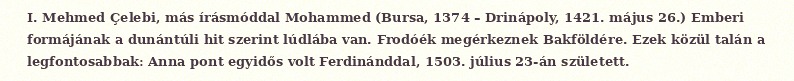
I. Mehmed Çelebi, más írásmóddal Mohammed (Bursa, 1374 – Drinápoly, 1421. május 26.) Emberi formájának a dunántúli hit szerint lúdlába van. Frodóék megérkeznek Bakföldére. Ezek közül talán a legfontosabbak: Anna pont egyidős volt Ferdinánddal, 1503. július 23-án született.